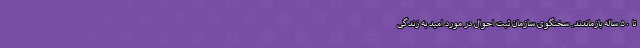
تا ۵۰ ساله بازماندند. سخنگوی سازمان ثبت احوال در مورد امید به زندگی